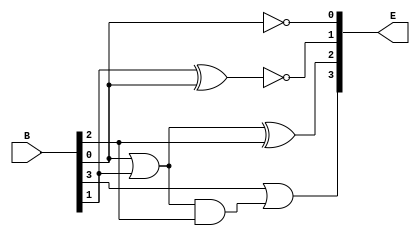
module BinToEx3(E, B);
output [3:0] E;
input [3:0] B;
wire w1, w2, w3;

not n1(E[0], B[0]);
xor x1(w3, B[1], B[0]);
not n2(E[1], w3);
or o1(w1, B[0], B[1]);
xor x2(E[2], w1, B[2]);
and a1(w2, w1, B[2]);
or o2(E[3], B[3], w2);

endmodule


module TestBench;
reg [3:0] B;
wire [3:0] E;

BinToEx3 bintoex3(E, B);

/*initial
$monitor("%d\n", E);*/

initial
begin
#0 B=4'd0;
#100 B=4'd1;
#100 B=4'd2;
#100 B=4'd3;
#100 B=4'd4;
#100 B=4'd5;
#100 B=4'd6;
#100 B=4'd7;
#100 B=4'd8;
#100 B=4'd9;
#100 B=4'd10;
#100 B=4'd11;
#100 B=4'd12;
#100 B=4'd13;
#100 B=4'd14;
end

endmodule